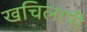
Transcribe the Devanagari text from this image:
खचिलापी